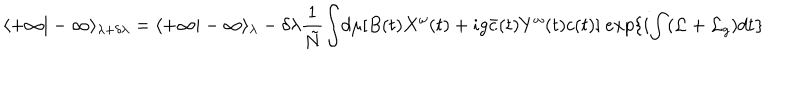
\langle + \infty | - \infty \rangle _ { \lambda + \delta \lambda } = \langle + \infty | - \infty \rangle _ { \lambda } - \delta \lambda \frac { 1 } { \tilde { N } } { \int } d \mu [ B ( t ) X ^ { \omega } ( t ) + i g \bar { c } ( t ) Y ^ { \omega } ( t ) c ( t ) ] \ e x p \{ i { \int } ( { \cal L } + { \cal L } _ { g } ) d t \}